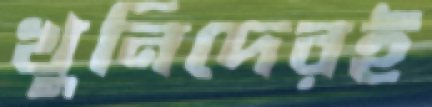
খুনিদেরই